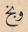
وبخ